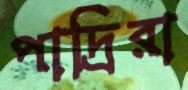
পাদ্রিরা